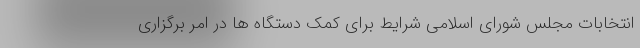
انتخابات مجلس شورای اسلامی شرایط برای کمک دستگاه ها در امر برگزاری